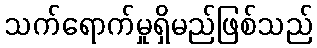
သက်ရောက်မှုရှိမည်ဖြစ်သည်